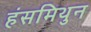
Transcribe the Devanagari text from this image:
हंसमिथुन